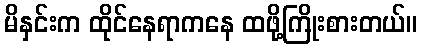
မိနှင်းက ထိုင်နေရာကနေ ထဖို့ကြိုးစားတယ်။